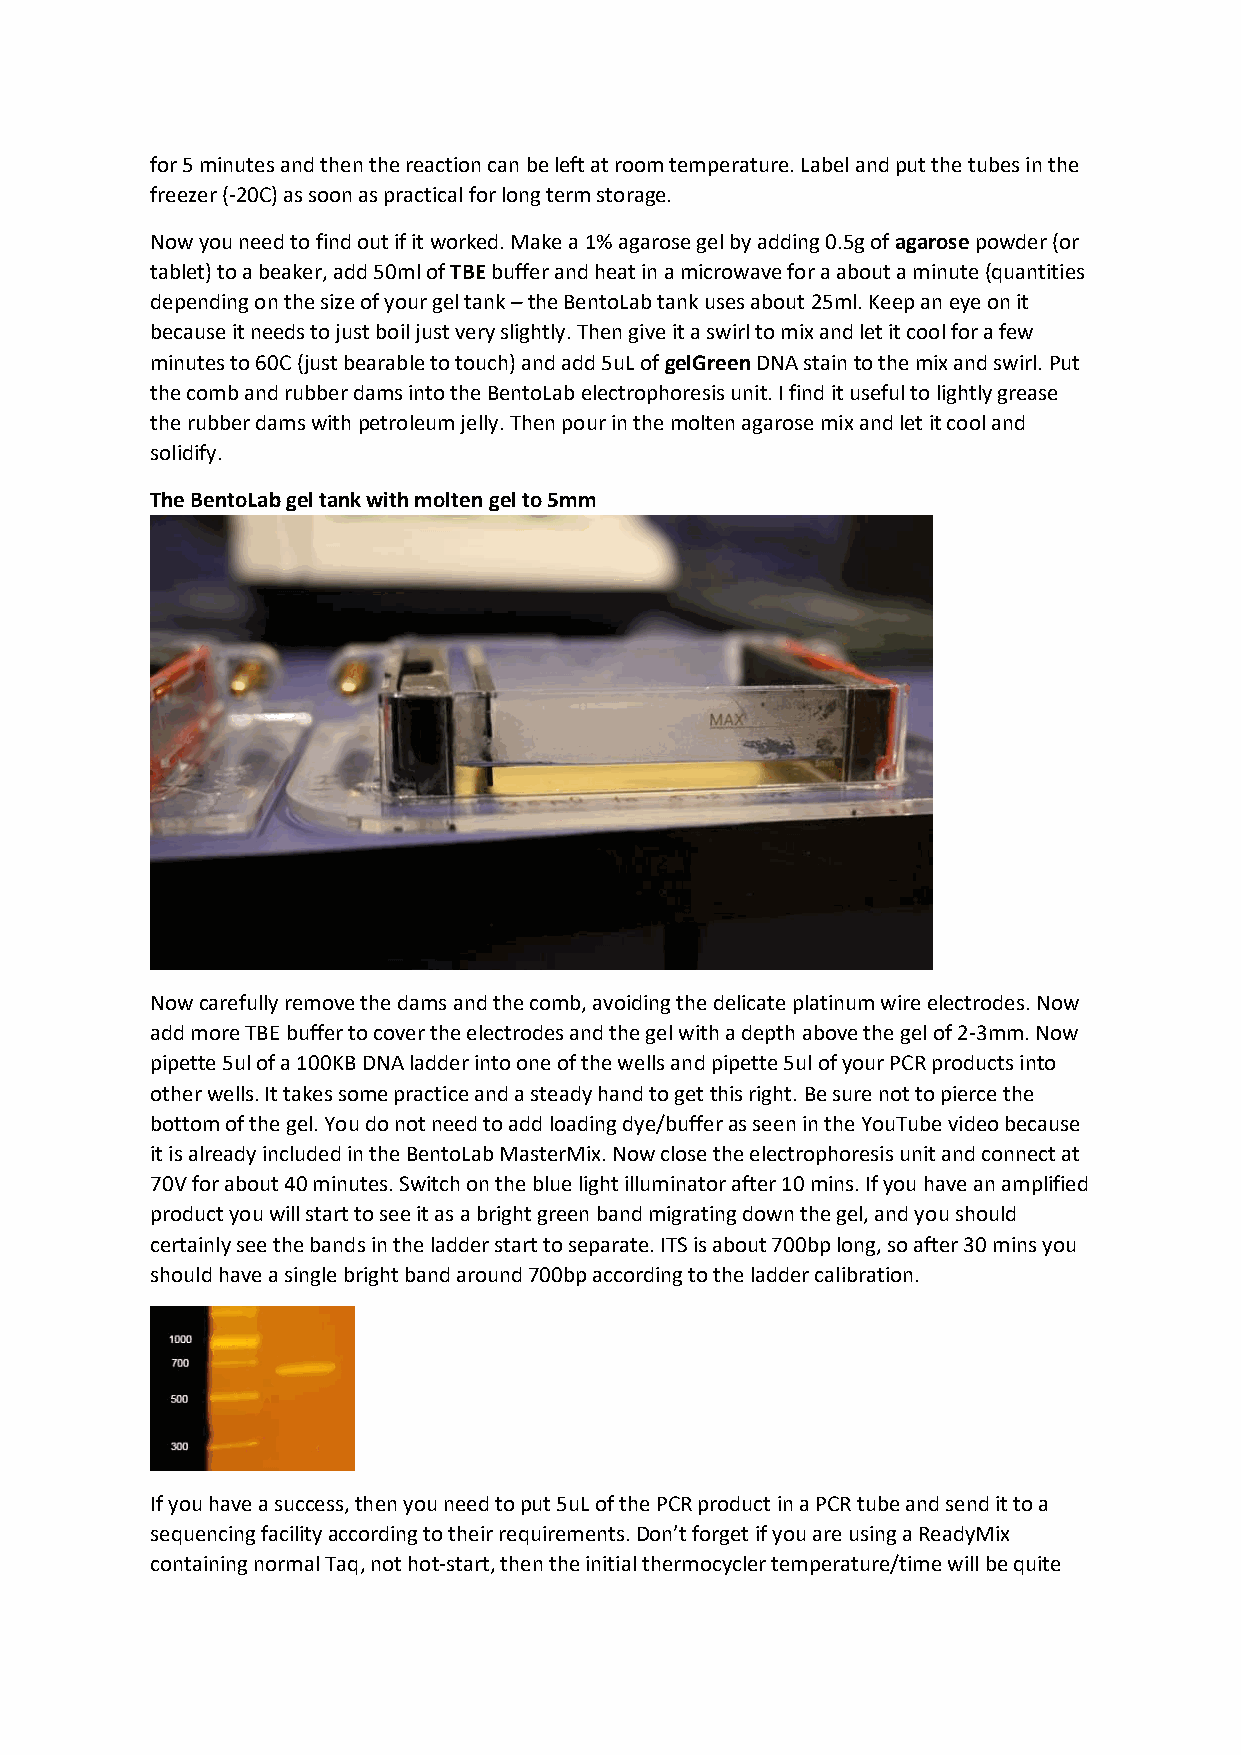
for 5 minutes and then the reaction can be left at room temperature. Label and put the tubes in the
 freezer (-20C) as soon as practical for long term storage.
 Now you need to find out if it worked. Make a 1% agarose gel by adding 0.5g of agarose powder (or
 tablet) to a beaker, add 50ml of TBE buffer and heat in a microwave for a about a minute (quantities
 depending on the size of your gel tank – the BentoLab tank uses about 25ml. Keep an eye on it
 because it needs to just boil just very slightly. Then give it a swirl to mix and let it cool for a few
 minutes to 60C (just bearable to touch) and add 5uL of gelGreen DNA stain to the mix and swirl. Put
 the comb and rubber dams into the BentoLab electrophoresis unit. I find it useful to lightly grease
 the rubber dams with petroleum jelly. Then pour in the molten agarose mix and let it cool and
 solidify.
 The BentoLab gel tank with molten gel to 5mm
 Now carefully remove the dams and the comb, avoiding the delicate platinum wire electrodes. Now
 add more TBE buffer to cover the electrodes and the gel with a depth above the gel of 2-3mm. Now
 pipette 5ul of a 100KB DNA ladder into one of the wells and pipette 5ul of your PCR products into
 other wells. It takes some practice and a steady hand to get this right. Be sure not to pierce the
 bottom of the gel. You do not need to add loading dye/buffer as seen in the YouTube video because
 it is already included in the BentoLab MasterMix. Now close the electrophoresis unit and connect at
 70V for about 40 minutes. Switch on the blue light illuminator after 10 mins. If you have an amplified
 product you will start to see it as a bright green band migrating down the gel, and you should
 certainly see the bands in the ladder start to separate. ITS is about 700bp long, so after 30 mins you
 should have a single bright band around 700bp according to the ladder calibration.
 If you have a success, then you need to put 5uL of the PCR product in a PCR tube and send it to a
 sequencing facility according to their requirements. Don’t forget if you are using a ReadyMix
 containing normal Taq, not hot-start, then the initial thermocycler temperature/time will be quite